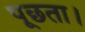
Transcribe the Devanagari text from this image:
पूछता।